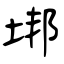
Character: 垹